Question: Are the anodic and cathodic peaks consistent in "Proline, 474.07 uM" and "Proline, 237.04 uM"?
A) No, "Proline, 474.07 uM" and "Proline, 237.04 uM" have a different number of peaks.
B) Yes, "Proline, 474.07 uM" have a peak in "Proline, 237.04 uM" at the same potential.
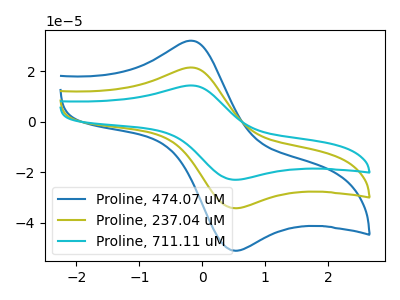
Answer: <think>The blue curve "Proline, 474.07 uM" has an anodic peak at (-0.15V, 32.15uA) and a cathodic peak at (0.50V, -51.05uA). The olive curve "Proline, 237.04 uM" has an anodic peak at (-0.15V, 21.55uA) and a cathodic peak at (0.50V, -34.20uA). The cyan curve "Proline, 711.11 uM" has an anodic peak at (-0.15V, 43.05uA) and a cathodic peak at (0.50V, -68.40uA).</think>
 <answer>B) Yes, "Proline, 474.07 uM" have a peak in "Proline, 237.04 uM" at the same potential.</answer>
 <eval>B</eval>